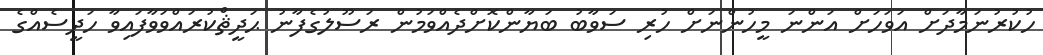
ހުކުރުނަމާދަށް އަވަހަށް އަންނަ މީހުންނަށް ހުރި ސަވާބު ބަޔާންކޮށްދެއްވަމުން ރަސޫލުގެފާނު ޙަދީޘްކުރައްވަވާފައިވާ ހަދީސެއްގެ